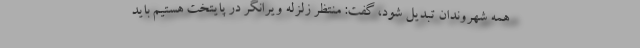
همه شهروندان تبدیل شود، گفت: منتظر زلزله ویرانگر در پایتخت هستیم باید